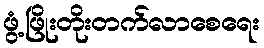
ဖွံ့ဖြိုးတိုးတက်လာစေရေး